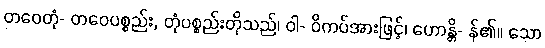
တဝေတုံ- တဝေပစ္စည်း, တုံပစ္စည်းတိုသည်၊ ဝါ- ဝိကပ်အားဖြင့်၊ ဟောန္တိ- န်၏။ သော